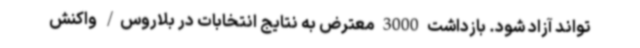
‌تواند آزاد شود. بازداشت 3000 معترض به نتایج انتخابات در بلاروس/ واکنش